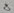
Text: 8